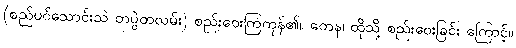
(စည်ပင်သောင်းသဲ တပွဲတလမ်း) စည်းဝေးကြကုန်၏။ တေန၊ ထိုသို့ စည်းဝေးခြင်း ကြောင့်။